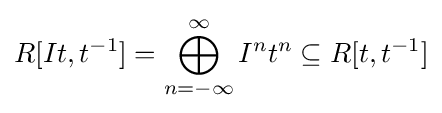
R[It,t^{-1}]=\bigoplus _{n=-\infty }^{\infty }I^{n}t^{n}\subseteq R[t,t^{-1}]